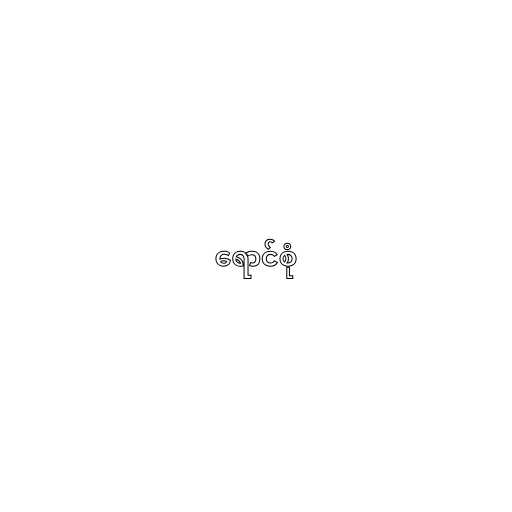
ရောင်စုံ